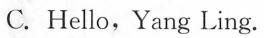
C. Hello,Yang Ling.